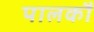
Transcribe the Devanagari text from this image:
पालकौं